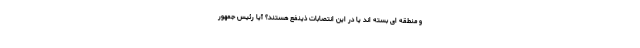
و منطقه ای بسته اند یا در این انتصابات ذینفع هستند؟ آیا رئیس جمهور